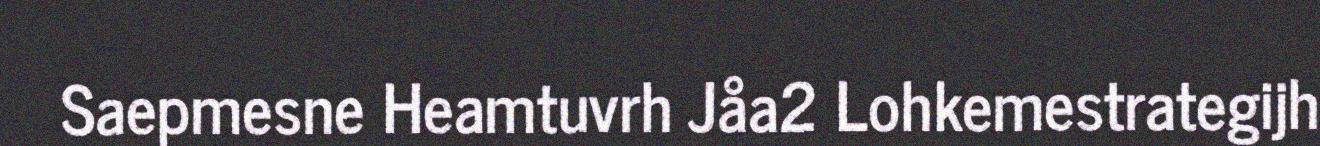
Saepmesne Heamtuvrh Jåa2 Lohkemestrategijh